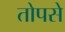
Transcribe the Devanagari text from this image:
तोपसे